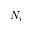
N _ { i }